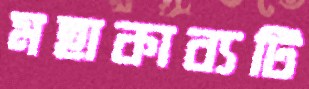
মহাকাব্যটি